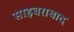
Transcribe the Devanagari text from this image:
साइबराबाद